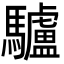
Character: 驢